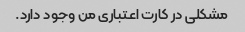
مشکلی در کارت اعتباری من وجود دارد.